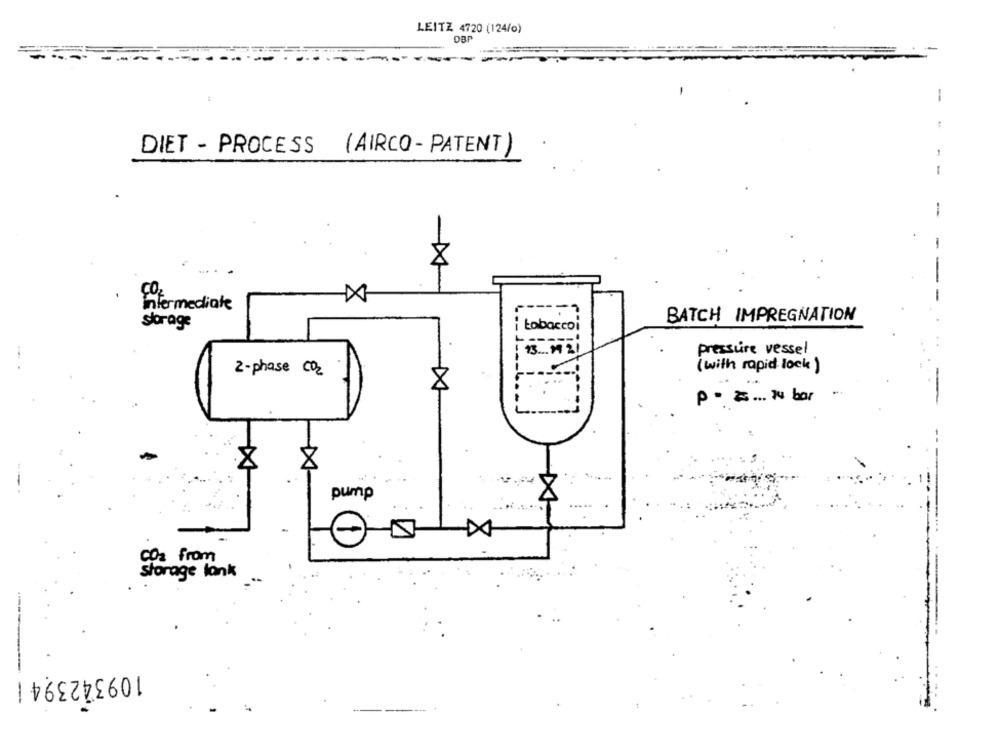
LEITZ 4720 (124/o)
OBP
-
DIET - PROCESS (AIRCO- PATENT)
-
-
8
--
Intermediate
-----
BATCH IMPREGNATION
storage
tobaccoi
13 ... 1921
pressure vessel
(with rapid lock)
2-phase CO2
P- =... 14 bar
pump
-DA
cos from
storage lank
1093423941